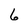
Character: 6